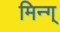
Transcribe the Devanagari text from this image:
मिन्ग्